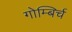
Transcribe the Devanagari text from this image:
गोम्बिर्च